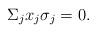
LaTeX: \begin{align*} \Sigma_j x_j\sigma_j = 0 .\end{align*}